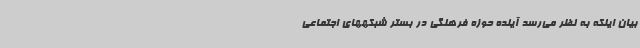
بیان اینکه به نظر می‌رسد آینده حوزه فرهنگی در بستر شبکههای اجتماعی